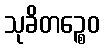
သုခိတဉ္စေဝ